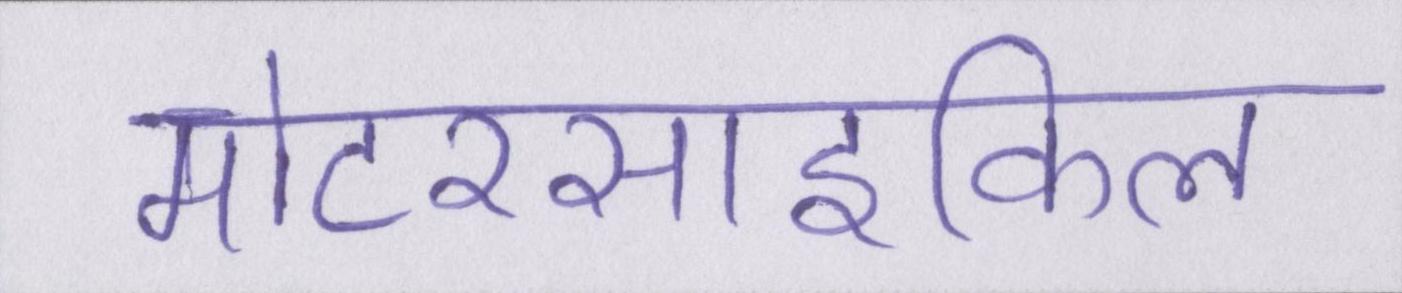
मोटरसाइकिल